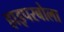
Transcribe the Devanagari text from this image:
हाइपरबोला